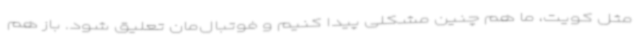
مثل کویت، ما هم چنین مشکلی پیدا کنیم و فوتبال‌مان تعلیق شود. باز هم